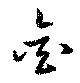
金